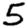
Digit: 5